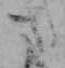
さ